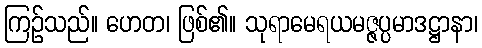
ကြဉ်သည်။ ဟေတ၊ ဖြစ်၏။ သုရာမေရယမဇ္ဇပ္ပမာဒဋ္ဌာနာ၊